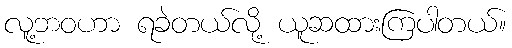
လူ့ဘဝဟာ ရခဲတယ်လို့ ယူဆထားကြပါတယ်။